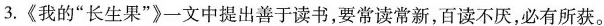
3.《我的”长生果”》一文中提出善于读书，要常读常新，百读不厌，必有所获。